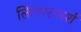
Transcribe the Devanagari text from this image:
लिंगपरामर्श